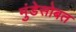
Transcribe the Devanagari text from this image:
मुंडेसोबत